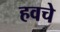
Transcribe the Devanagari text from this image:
हवचे